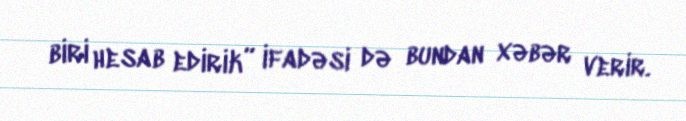
biri hesab edirik” ifadəsi də bundan xəbər verir.